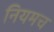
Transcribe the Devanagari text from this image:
नियमच